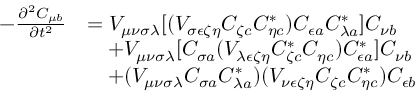
\begin{array} { r l } { - \frac { \partial ^ { 2 } C _ { \mu b } } { \partial t ^ { 2 } } } & { = V _ { \mu \nu \sigma \lambda } [ ( V _ { \sigma \epsilon \zeta \eta } C _ { \zeta c } C _ { \eta c } ^ { * } ) C _ { \epsilon a } C _ { \lambda a } ^ { * } ] C _ { \nu b } } \\ & { \quad + V _ { \mu \nu \sigma \lambda } [ C _ { \sigma a } ( V _ { \lambda \epsilon \zeta \eta } C _ { \zeta c } ^ { * } C _ { \eta c } ) C _ { \epsilon a } ^ { * } ] C _ { \nu b } } \\ & { \quad + ( V _ { \mu \nu \sigma \lambda } C _ { \sigma a } C _ { \lambda a } ^ { * } ) ( V _ { \nu \epsilon \zeta \eta } C _ { \zeta c } C _ { \eta c } ^ { * } ) C _ { \epsilon b } } \end{array}